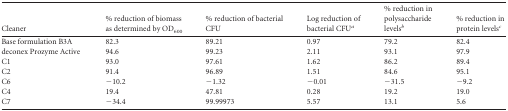
| Cleaner | % reduction of biomass as determined by OD600 | % reduction of bacterial CFU | Log reduction of bacterial CFUa | % reduction in polysaccharide levelsb | % reduction in protein levelsc |
 | --- | --- | --- | --- | --- | --- |
 | Base formulation B3A | 82.3 | 89.21 | 0.97 | 79.2 | 82.4 |
 | deconex Prozyme Active | 94.6 | 99.23 | 2.11 | 93.1 | 97.9 |
 | C1 | 93.0 | 97.61 | 1.62 | 86.2 | 89.4 |
 | C2 | 91.4 | 96.89 | 1.51 | 84.6 | 95.1 |
 | C6 | −10.2 | −1.32 | −0.01 | −31.5 | −9.2 |
 | C4 | 19.4 | 47.81 | 0.28 | 19.2 | 19.0 |
 | C7 | −34.4 | 99.99973 | 5.57 | 13.1 | 5.6 |